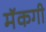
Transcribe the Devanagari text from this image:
मॅकगी